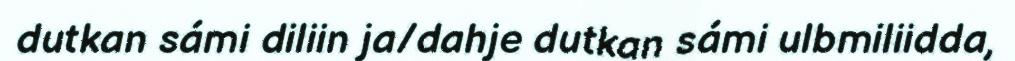
dutkan sámi diliin ja/dahje dutkan sámi ulbmiliidda,